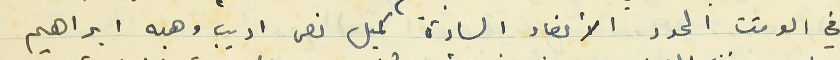
في الوقت المحدد الأعضاء السادة كميل نصر اديب وهبه ابراهيم